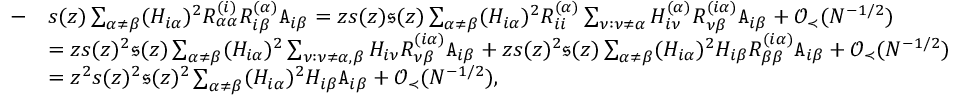
\begin{array} { r l } { - } & { s ( z ) \sum _ { \alpha \neq \beta } ( H _ { i \alpha } ) ^ { 2 } R _ { \alpha \alpha } ^ { ( i ) } R _ { i \beta } ^ { ( \alpha ) } { \texttt A } _ { i \beta } = z s ( z ) \mathfrak { s } ( z ) \sum _ { \alpha \neq \beta } ( H _ { i \alpha } ) ^ { 2 } R _ { i i } ^ { ( \alpha ) } \sum _ { \nu : \nu \neq \alpha } H _ { i \nu } ^ { ( \alpha ) } R _ { \nu \beta } ^ { ( i \alpha ) } { \texttt A } _ { i \beta } + { \mathcal O } _ { \prec } ( N ^ { - 1 / 2 } ) } \\ & { = z s ( z ) ^ { 2 } \mathfrak { s } ( z ) \sum _ { \alpha \neq \beta } ( H _ { i \alpha } ) ^ { 2 } \sum _ { \nu : \nu \neq \alpha , \beta } H _ { i \nu } R _ { \nu \beta } ^ { ( i \alpha ) } { \texttt A } _ { i \beta } + z s ( z ) ^ { 2 } \mathfrak { s } ( z ) \sum _ { \alpha \neq \beta } ( H _ { i \alpha } ) ^ { 2 } H _ { i \beta } R _ { \beta \beta } ^ { ( i \alpha ) } { \texttt A } _ { i \beta } + { \mathcal O } _ { \prec } ( N ^ { - 1 / 2 } ) } \\ & { = z ^ { 2 } s ( z ) ^ { 2 } \mathfrak { s } ( z ) ^ { 2 } \sum _ { \alpha \neq \beta } ( H _ { i \alpha } ) ^ { 2 } H _ { i \beta } { \texttt A } _ { i \beta } + { \mathcal O } _ { \prec } ( N ^ { - 1 / 2 } ) , } \end{array}